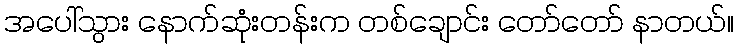
အပေါ်သွား နောက်ဆုံးတန်းက တစ်ချောင်း တော်တော် နာတယ်။